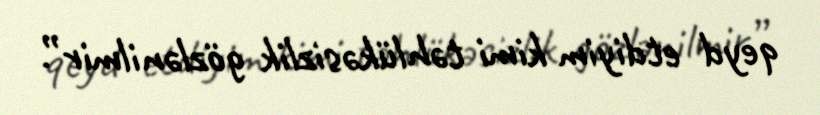
qeyd etdiyim kimi təhlükəsizlik gözlənilmir”.